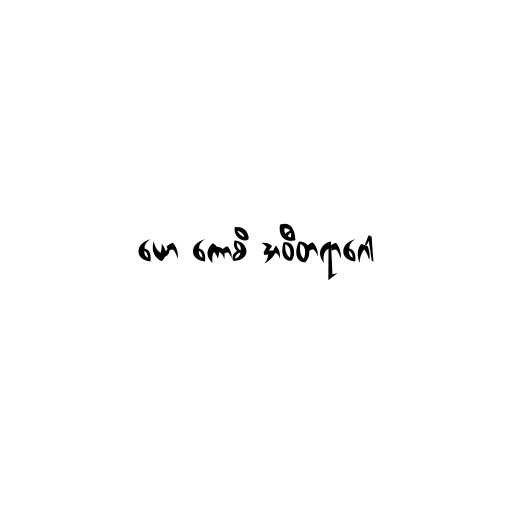
ယော ကောစိ အဝီတရာဂေါ